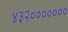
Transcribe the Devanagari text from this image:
४३२०००००००